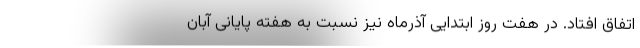
اتفاق افتاد. در هفت روز ابتدایی آذرماه نیز نسبت به هفته پایانی آبان